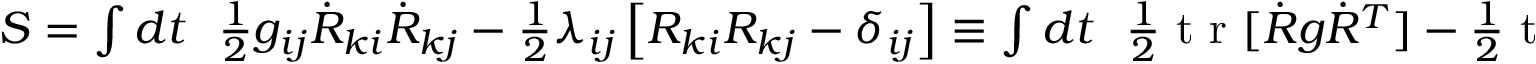
\begin{array} { r } { S = \int d t ~ ~ \frac 1 2 g _ { i j } \dot { R } _ { k i } \dot { R } _ { k j } - \frac 1 2 \lambda _ { i j } \left[ R _ { k i } R _ { k j } - \delta _ { i j } \right] \equiv \int d t ~ ~ \frac 1 2 \mathrm { ~ t ~ r ~ } [ { \dot { R } g \dot { R } ^ { T } ] - \frac 1 2 \mathrm { ~ t ~ r ~ } [ \lambda ( R ^ { T } R - { \bf 1 } ) } ] , } \end{array}